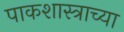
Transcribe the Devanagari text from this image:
पाकशास्त्राच्या